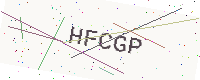
Text: HFCGP